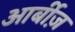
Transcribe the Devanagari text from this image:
आर्बीज़